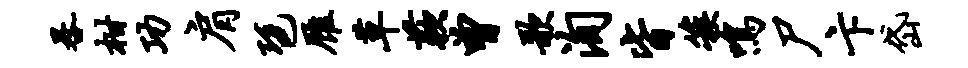
晷柑功肩琶雁草蔌曾歌洵皆簇鸣尸卞岱